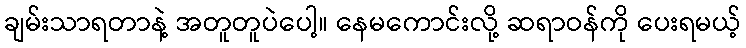
ချမ်းသာရတာနဲ့ အတူတူပဲပေါ့။ နေမကောင်းလို့ ဆရာဝန်ကို ပေးရမယ့်